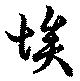
埃